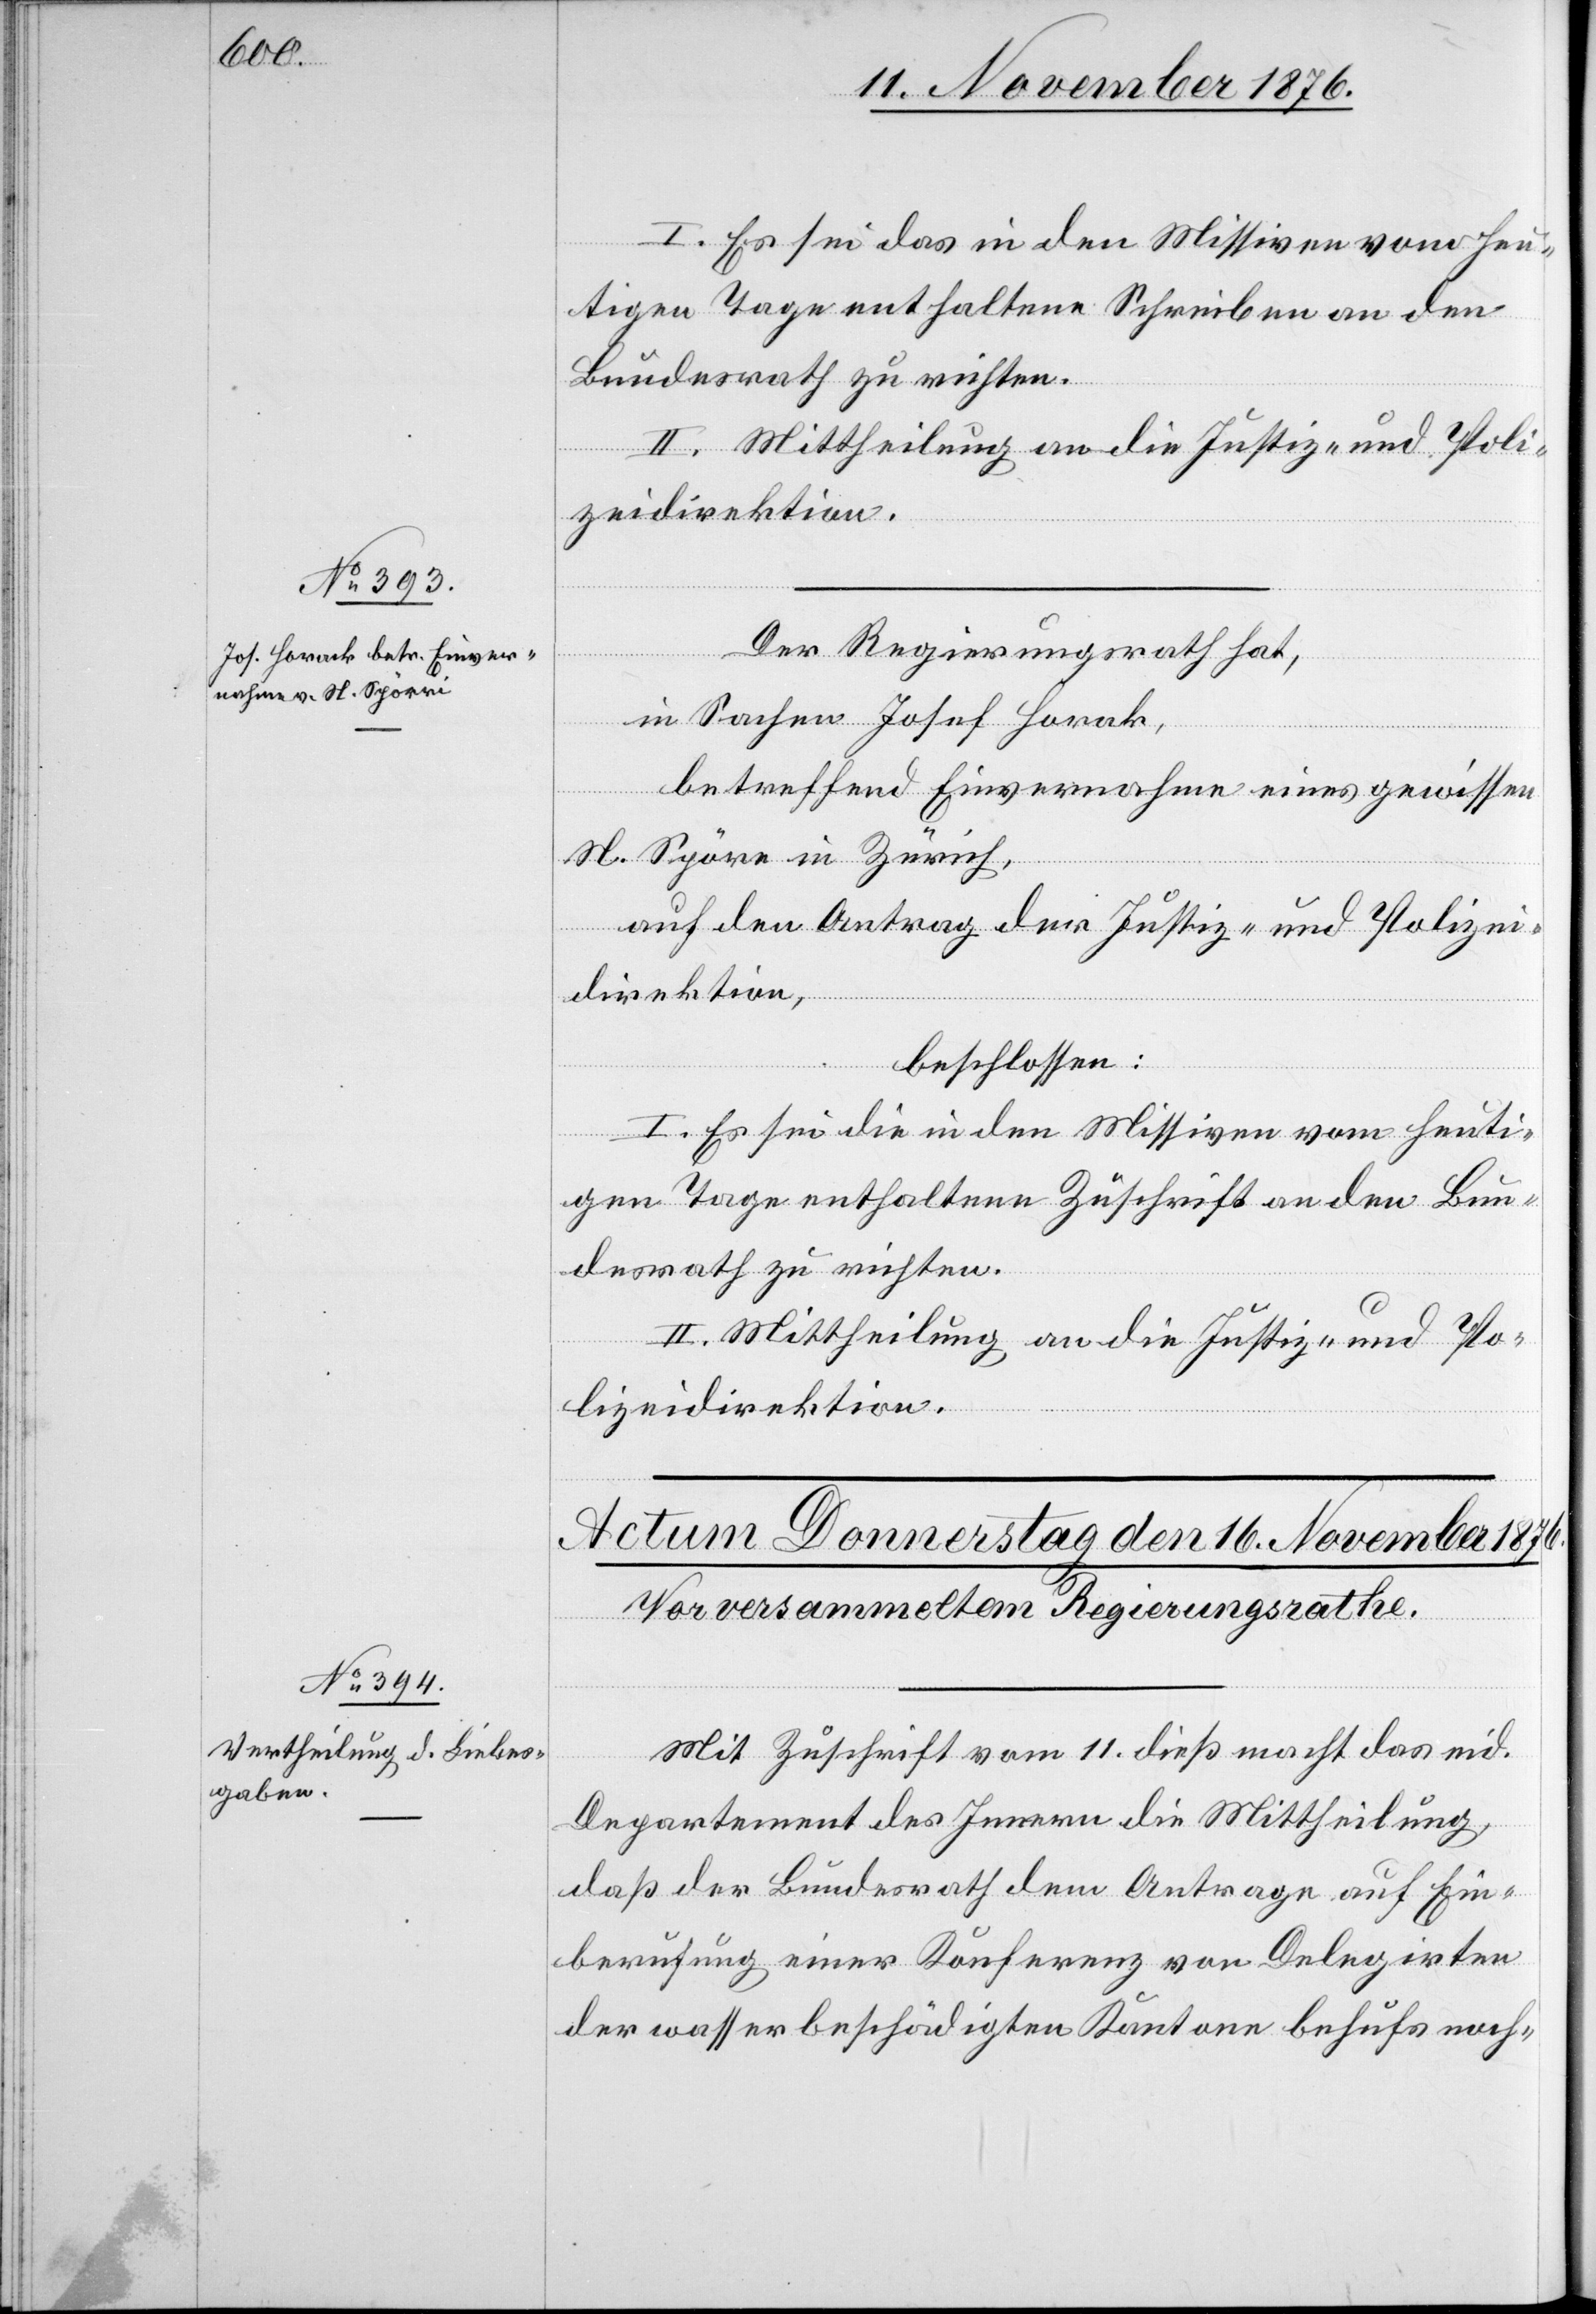
13. November 1876.]
I. Es sei das in den Missiven vom heu¬
tigen Tage enthaltene Schreiben an den
Bundesrath zu richten.
II. Mittheilung an die Justiz- und Poli¬
zeidirektion.
Der Regierungsrath hat,
in Sachen Josef Horak,
betreffend Einvernahme eines gewissen
H. Spöre in Zürich
auf den Antrag der Justiz- und Polizei¬
direktion,
beschlossen:
I. Es sei die in den Missiven vom heuti¬
gen Tage enthaltene Zuschrift an den Bun¬
desrath zu richten.
II. Mittheilung an die Justiz- und Po¬
lizeidirektion.
Mit Zuschrift vom 11. dieß macht das eid.
Departement des Innern die Mittheilung,
daß der Bundesrath dem Antrage auf Ein¬
berufung einer Konferenz von Delegirten
der wasserbeschädigten Kantone behufs noch-